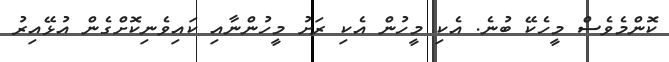
ކޮންމެވެސް މީހެކޭ ބުނެ. އެކި މީހުން އެކި ރަށު މީހުންނާއި ކައިވެނިކޮށްގެން އުޅޭއިރު